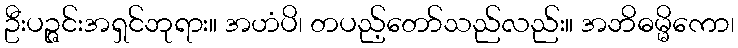
ဦးပဉ္ဇင်းအရှင်ဘုရား။ အဟံပိ၊ တပည့်တော်သည်လည်း။ အဘိဓမ္မိကော၊